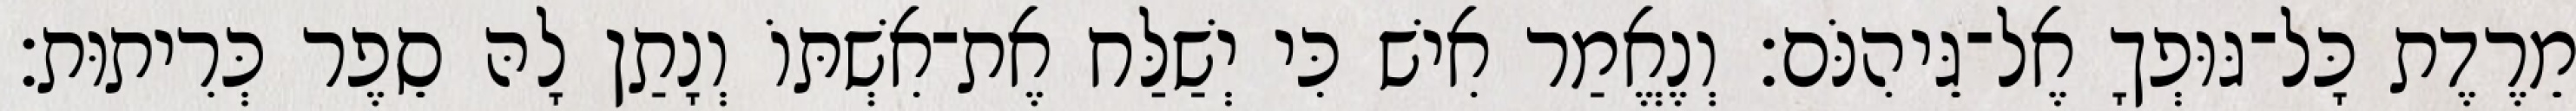
מֵרֶדֶת כָּל־גּוּפְךָ אֶל־גֵּיהִנֹּם׃ וְנֶאֱמַר אִישׁ כִּי יְשַׁלַּח אֶת־אִשְׁתּוֹ וְנָתַן לָהּ סֵפֶר כְּרִיתוּת׃